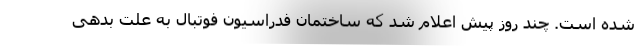
شده است. چند روز پیش اعلام شد که ساختمان فدراسیون فوتبال به علت بدهی